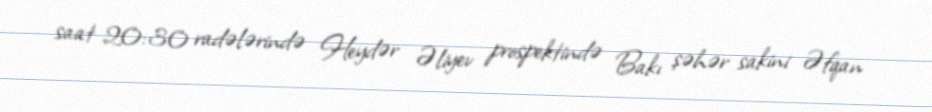
saat 20:30 radələrində Heydər Əliyev prospektində Bakı şəhər sakini Əfqan